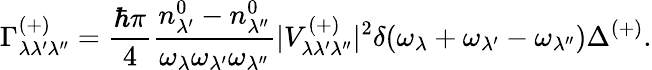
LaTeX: \Gamma_{\lambda\lambda^{\prime}\lambda^{\prime\prime}}^{(+)}=\frac{\hbar\pi}{4}\frac{n_{\lambda^{\prime}}^{0}-n_{\lambda^{\prime\prime}}^{0}}{\omega_{\lambda}\omega_{\lambda^{\prime}}\omega_{\lambda^{\prime\prime}}}\vert V_{\lambda\lambda^{\prime}\lambda^{\prime\prime}}^{(+)}\vert^{2}\delta(\omega_{\lambda}+\omega_{\lambda^{\prime}}-\omega_{\lambda^{\prime\prime}})\Delta^{(+)}.